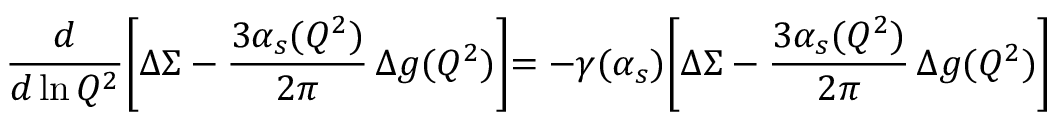
{ \frac { d } { d \ln Q ^ { 2 } } } \Biggl [ \Delta \Sigma - { \frac { 3 \alpha _ { s } ( Q ^ { 2 } ) } { 2 \pi } } \, \Delta g ( Q ^ { 2 } ) \Biggl ] = - \gamma ( \alpha _ { s } ) \Biggl [ \Delta \Sigma - { \frac { 3 \alpha _ { s } ( Q ^ { 2 } ) } { 2 \pi } } \, \Delta g ( Q ^ { 2 } ) \Biggl ]